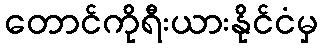
တောင်ကိုရီးယားနိုင်ငံမှ